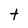
Character: t